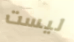
ليست